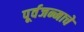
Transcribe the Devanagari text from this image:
पूर्वजन्माचें